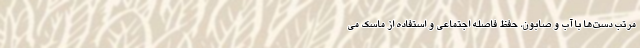
مرتب دست‌ها با آب و صابون، حفظ فاصله اجتماعی و استفاده از ماسک می